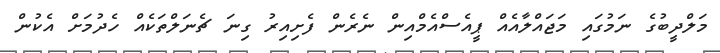
މަލްދީބުގެ ނަމުގައި މަޖައްލާއެއް ޕީއެސްއެމްއިން ނެރެން ފެށިއިރު ގިނަ ޗެނަލްތަކެއް ހެދުމަށް އެކުން